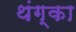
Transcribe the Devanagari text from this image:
थंग्का